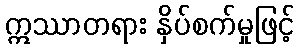
ဣဿာတရား နှိပ်စက်မှုဖြင့်